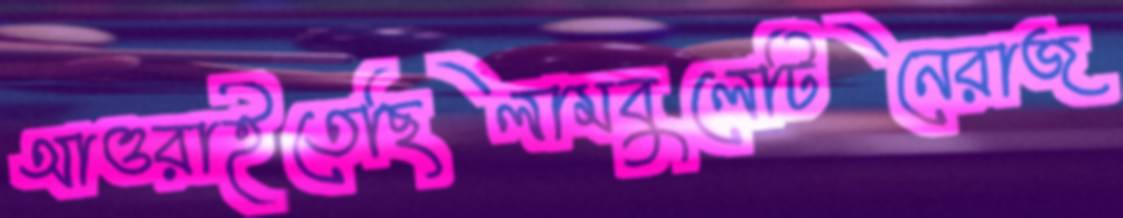
আওরাইতেছিলামবুলেটিনেরাজ